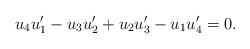
LaTeX: \begin{align*} u_4 u_1' - u_3 u_2' + u_2 u_3' - u_1 u_4' = 0.\end{align*}